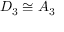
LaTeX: D _ { 3 } \cong A _ { 3 }